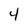
Character: 4